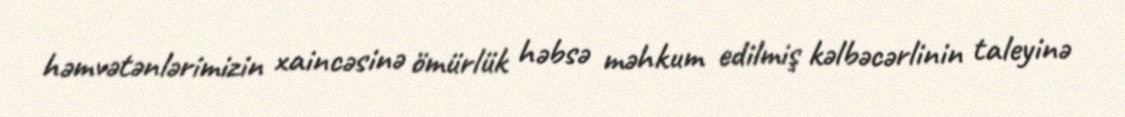
həmvətənlərimizin xaincəsinə ömürlük həbsə məhkum edilmiş kəlbəcərlinin taleyinə